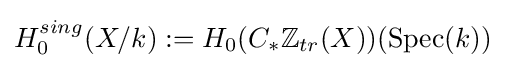
H_{0}^{sing}(X/k):=H_{0}(C_{*}\mathbb {Z} _{tr}(X))({\text{Spec}}(k))